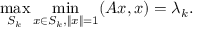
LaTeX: \operatorname* { m a x } _ { S _ { k } } \operatorname* { m i n } _ { x \in S _ { k } , \| x \| = 1 } ( A x , x ) = \lambda _ { k } .